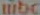
libc